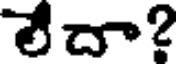
లేదా?